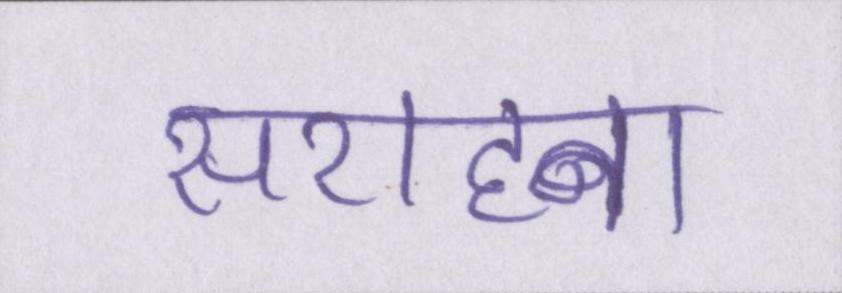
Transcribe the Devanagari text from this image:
सराहना